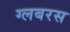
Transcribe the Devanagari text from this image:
ग्लबरस